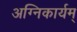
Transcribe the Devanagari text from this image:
अग्निकार्यम्